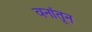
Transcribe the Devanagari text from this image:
वनांतून